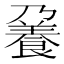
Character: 𩜒